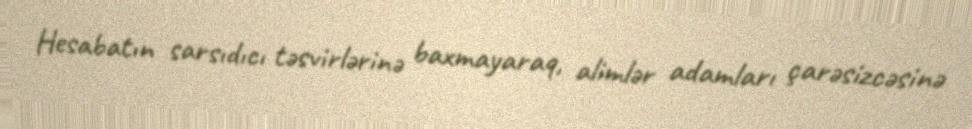
Hesabatın sarsıdıcı təsvirlərinə baxmayaraq, alimlər adamları çarəsizcəsinə